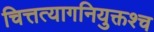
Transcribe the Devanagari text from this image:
चित्तत्यागनियुक्तश्च